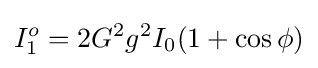
I_{1}^{o}=2G^{2}g^{2}I_{0}(1+\cos \phi )